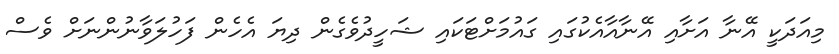
މިއަދަކީ އޭނާ އަށާއި އޭނާއާއެކުގައި ގައުމަށްޓަކައި ޝަހީދުވެގެން ދިޔަ އެހެން ފަހުލަވާނުންނަށް ވެސް